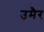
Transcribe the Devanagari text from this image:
उमैर